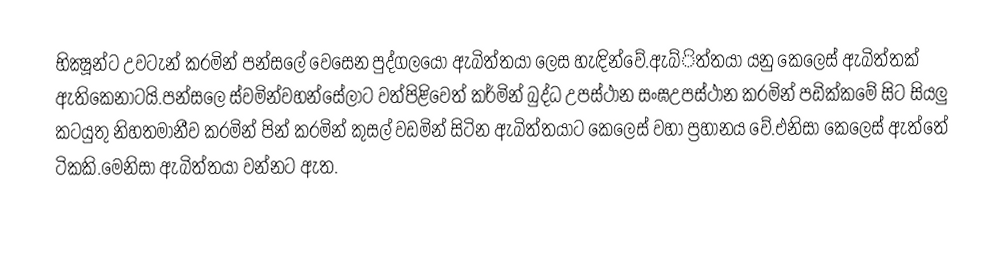
භික්‍ෂූන්ට උවටැන් කරමින් පන්සලේ වෙසෙන පුද්ගලයෝ ඇබිත්තයා ලෙස හැඳින්වේ.ඇබ්ිත්තයා යනු කෙලෙස් ඇබිත්තක් ඇතිකෙනාටයි.පන්සලෙ ස්වමින්වහන්සේලාට වත්පිළිවෙත් කර්මින් බුද්ධ උපස්ථාන සංඝඋපස්ථාන කරමින් පඩික්කමේ සිට සියලු කටයුතු නිහතමානීව කරමින් පින් කරමින් කුසල් වඩමින් සිටින ඇබිත්තයාට කෙලෙස් වහා ප්‍රහානය වේ.එනිසා කෙලෙස් ඇත්තේ ටිකකි.මෙනිසා ඇබිත්තයා වන්නට ඇත.